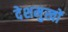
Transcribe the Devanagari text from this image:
देशमुखों